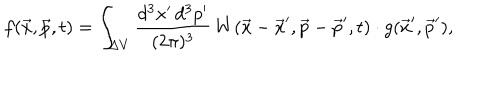
LaTeX: f ( \vec { x } , \vec { p } , t ) = \int _ { \Delta V } { \frac { d ^ { 3 } x ^ { \prime } \, d ^ { 3 } p ^ { \prime } } { ( 2 \pi ) ^ { 3 } } } \, W ( \vec { x } - \vec { x } ^ { \prime } , \vec { p } - \vec { p } ^ { \prime } , t ) \cdot g ( \vec { x } ^ { \prime } , \vec { p } ^ { \prime } ) ,